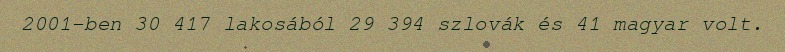
2001-ben 30 417 lakosából 29 394 szlovák és 41 magyar volt.